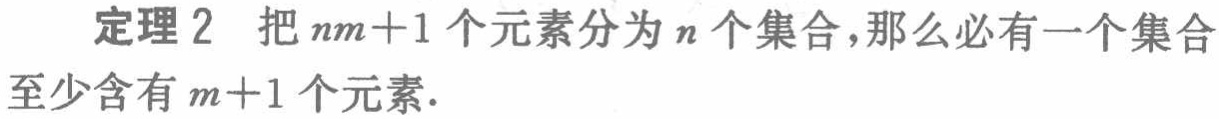
定理 2 把 \(nm + 1\) 个元素分为 \(n\) 个集合，那么必有一个集合至少含有 \(m + 1\) 个元素.